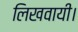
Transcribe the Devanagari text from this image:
लिखवायी।